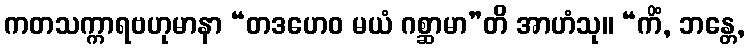
ကတသက္ကာရဗဟုမာနာ “တဒဟေဝ မယံ ဂစ္ဆာမာ”တိ အာဟံသု။ “ကိံ, ဘန္တေ,